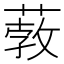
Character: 𦸦